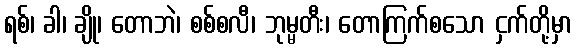
ရစ်၊ ခါ၊ ချို၊ တောဘဲ၊ စစ်စလီ၊ ဘုမ္မတီး၊ တောကြက်စသော ငှက်တို့မှာ